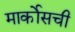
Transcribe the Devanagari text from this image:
मार्कोसची